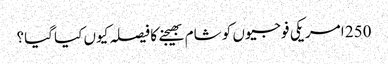
250 امریکی فوجیوں کو شام بھیجنے کا فیصلہ کیوں کیا گیا؟